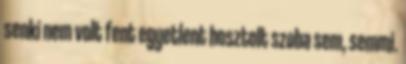
senki nem volt fent egyetlent hosztolt szoba sem, semmi.